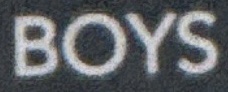
BOYS